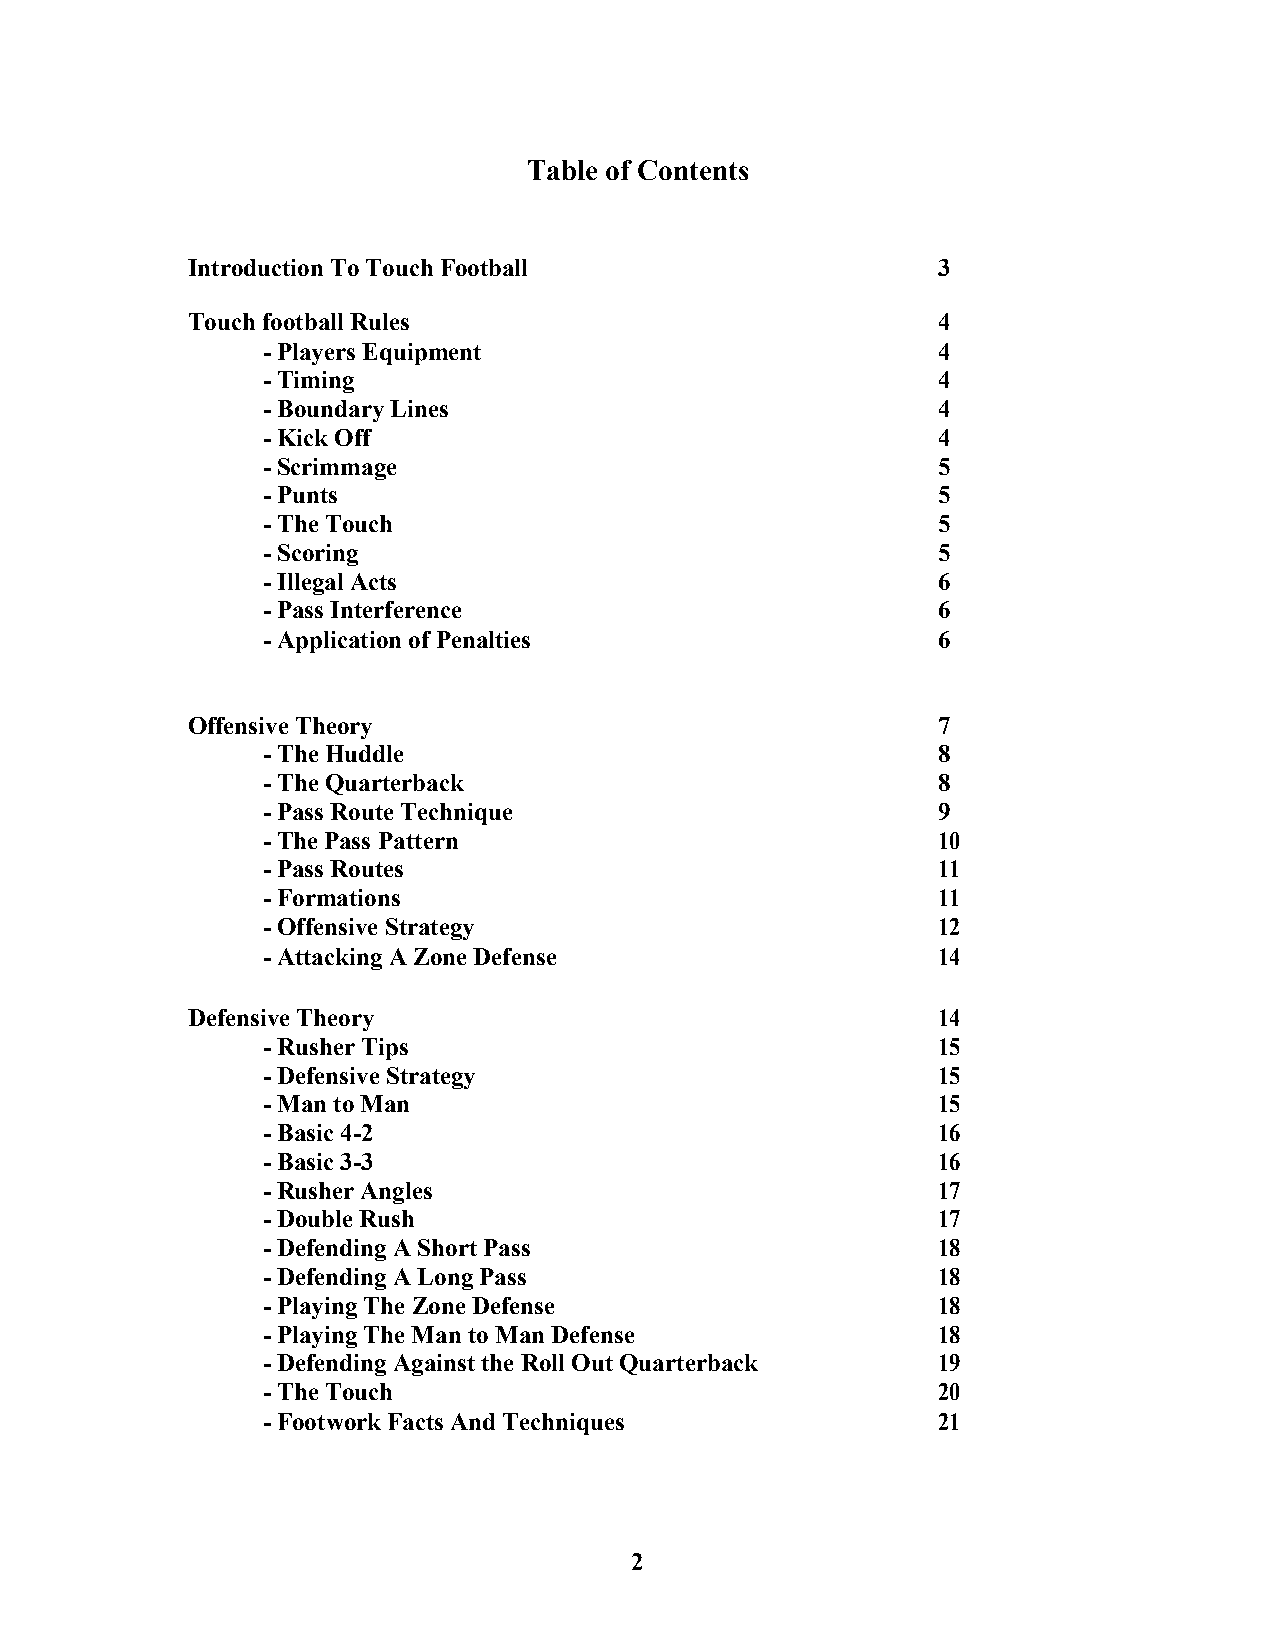
Table of Contents
 Introduction To Touch Football                    3
 Touch football Rules                              4
 - Players Equipment                          4
 - Timing                                     4
 - Boundary Lines                             4
 - Kick Off                                   4
 - Scrimmage                                  5
 - Punts                                      5
 - The Touch                                  5
 - Scoring                                    5
 - Illegal Acts                               6
 - Pass Interference                          6
 - Application of Penalties                   6
 Offensive Theory                                  7
 - The Huddle                                 8
 - The Quarterback                            8
 - Pass Route Technique                       9
 - The Pass Pattern                           10
 - Pass Routes                                11
 - Formations                                 11
 - Offensive Strategy                         12
 - Attacking A Zone Defense                   14
 Defensive Theory                                  14
 - Rusher Tips                                15
 - Defensive Strategy                         15
 - Man to Man                                 15
 - Basic 4-2                                  16
 - Basic 3-3                                  16
 - Rusher Angles                              17
 - Double Rush                                17
 - Defending A Short Pass                     18
 - Defending A Long Pass                      18
 - Playing The Zone Defense                   18
 - Playing The Man to Man Defense             18
 - Defending Against the Roll Out Quarterback 19
 - The Touch                                  20
 - Footwork Facts And Techniques              21
 2